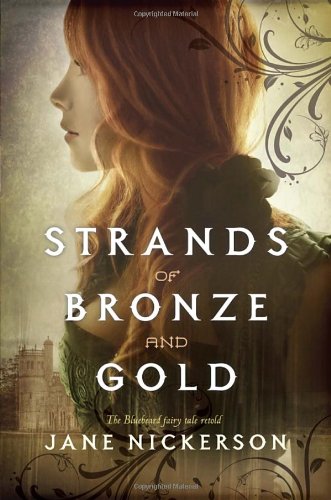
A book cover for Strands of Bronze and Gold; Jane Nickerson; Teen & Young Adult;